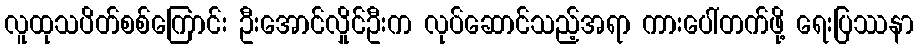
လူထုသပိတ်စစ်ကြောင်း ဦးအောင်လှိုင်ဦးက လုပ်ဆောင်သည့်အရာ ကားပေါ်တက်ဖို့ ရေးပြဿနာ